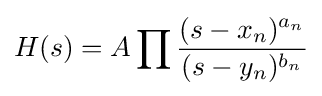
H(s)=A\prod {\frac {(s-x_{n})^{a_{n}}}{(s-y_{n})^{b_{n}}}}